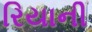
રિયાની